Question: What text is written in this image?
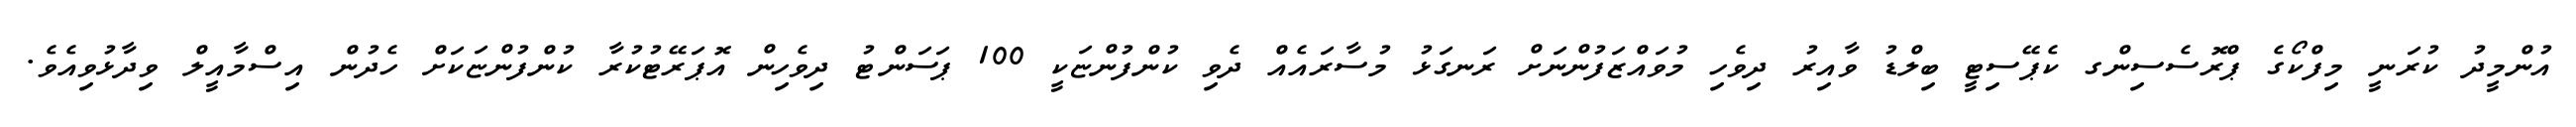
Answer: އުންމީދު ކުރަނީ މިފްކޯގެ ޕްރޮސެސިންގ ކެޕޭސިޓީ ބިލްޑު ވާއިރު ދިވެހި މުވައްޒަފުންނަށް ރަނގަޅު މުސާރައެއް ދެވި ކުންފުންޏަކީ 100 ޕަސަންޓު ދިވެހިން އޮޕަރޭޓުކުރާ ކުންފުންޏަކަށް ހެދުން އިސްމާއީލް ވިދާޅުވިއެވެ.